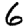
Digit: 6